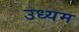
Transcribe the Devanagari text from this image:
उध्यम